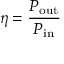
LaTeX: \eta = { \frac { P _ { \mathrm { o u t } } } { P _ { \mathrm { i n } } } }